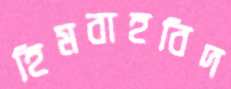
হিমবাহবিদ